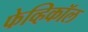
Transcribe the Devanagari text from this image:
फेव्हिकॉल